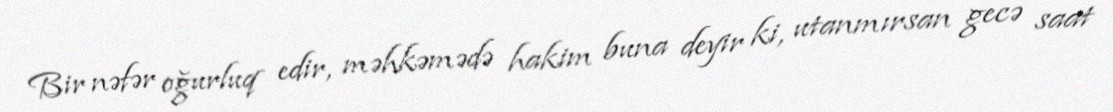
Bir nəfər oğurluq edir, məhkəmədə hakim buna deyir ki, utanmırsan gecə saat